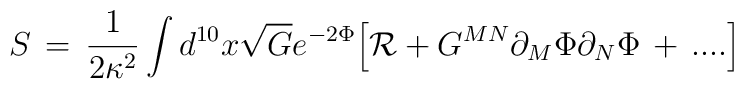
S \,=\, {1\over 2 \kappa^2} \int d^{10}x \sqrt{G} e^{-2\Phi} \Big[{\cal R} + G^{MN} \partial_M \Phi \partial_N \Phi  \,+\, ....\Big]